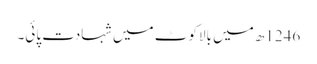
1246ھ میں بالاکوٹ میں شہادت پائی۔